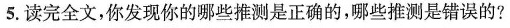
5.读完全文，你发现你的哪些推测是正确的，哪些推测是错误的?